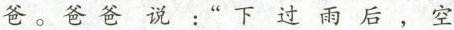
爸。爸爸说：”下过雨后，空